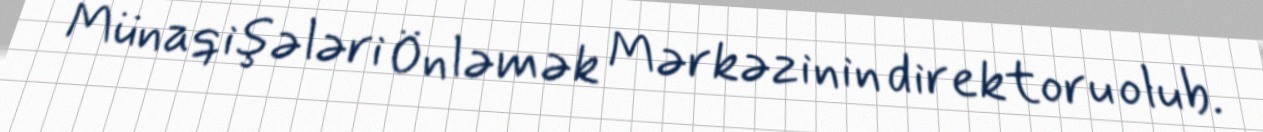
Münaqişələri Önləmək Mərkəzinin direktoru olub.